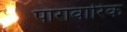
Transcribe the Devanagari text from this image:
पारावारिक